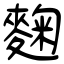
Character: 麴